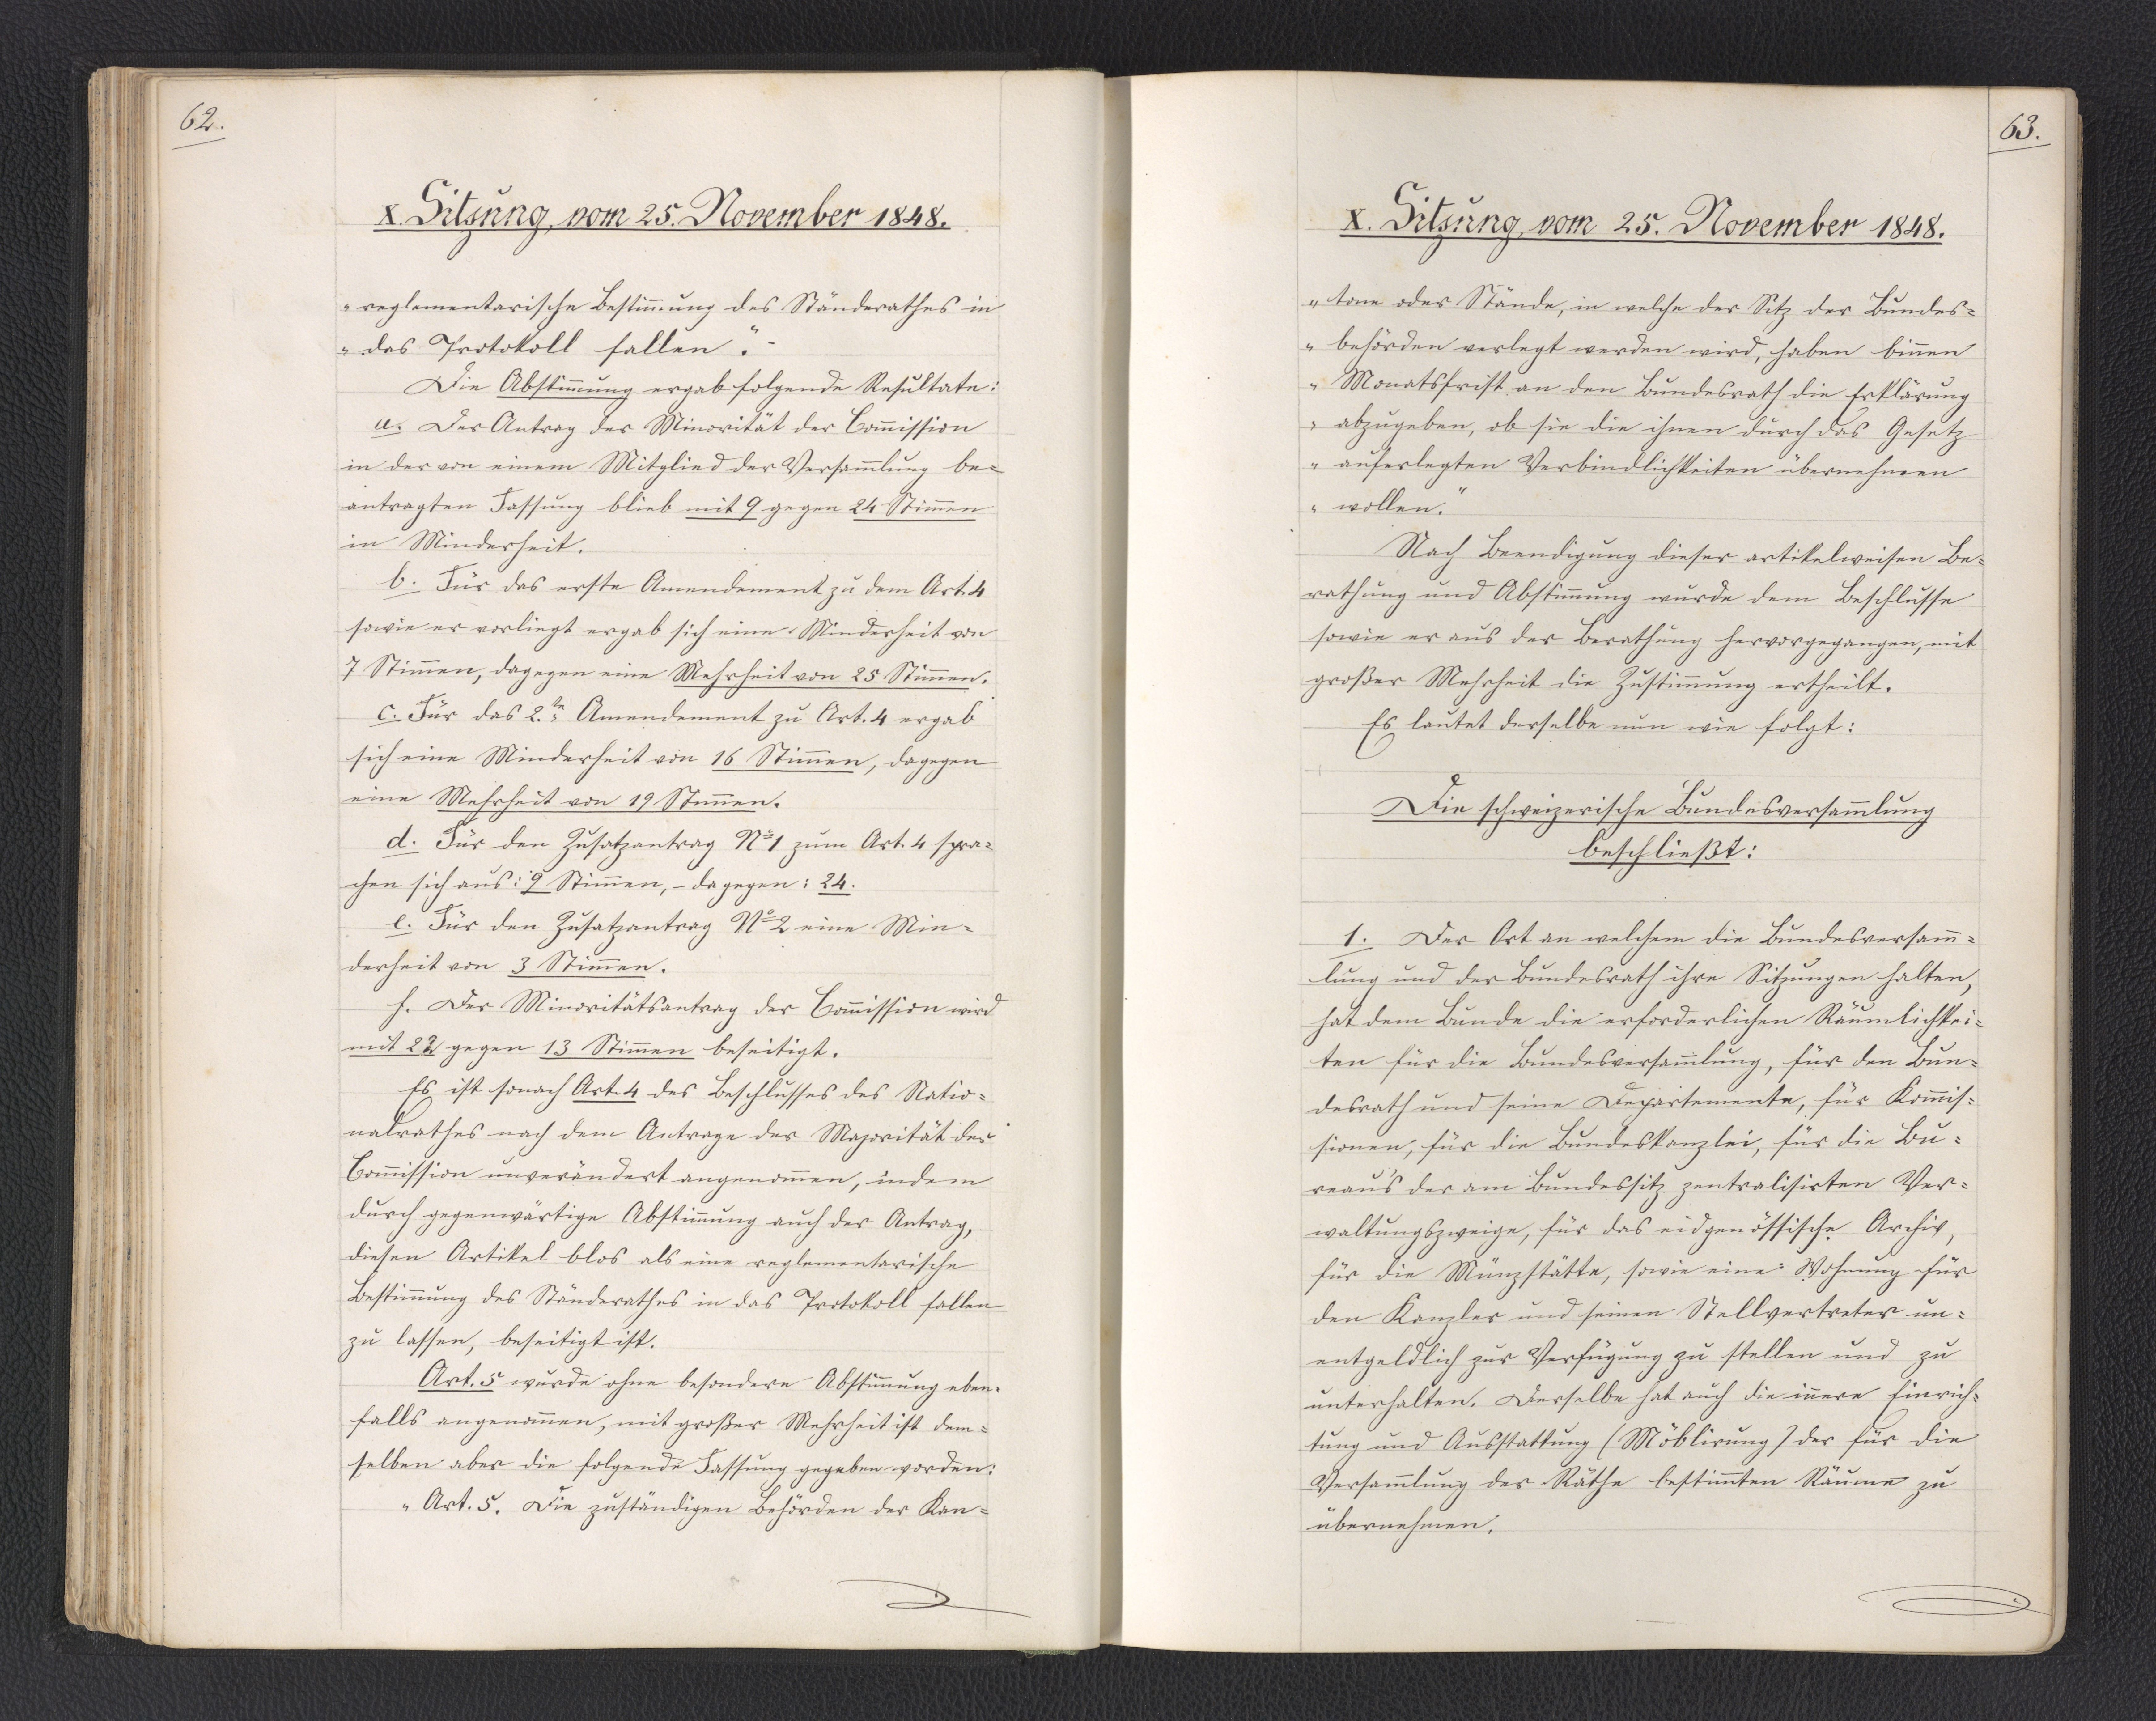
62.

X. Sitzung, vom 25. November 1848.

reglementarische Bestimmung des Ständerathes in
das Protokoll fallen."
Die Abstimmung ergab folgende Resultate:
a. Der Antrag der Minorität der Commission
in der von einem Mitglied der Versammlung be¬
antragten Fassung blieb mit 9 gegen 24 Stimmen
in Minderheit.
b. Für das erste Amendement zu dem Art. 4
sowie er vorliegt ergab sich eine Minderheit von
7 Stimmen, dagegen eine Mehrheit von 25 Stimmen.
c. Für das 2.te Amendement zu Art. 4 ergab
sich eine Minderheit von 16 Stimmen, dagegen
eine Mehrheit von 19 Stimmen.
d. Für den Zusatzantrag No 1 zum Art. 4 spra¬
chen sich aus: 9 Stimmen, - dagegen: 24.
e. Für den Zusatzantrag No 2 eine Min¬
derheit von 3 Stimmen.
f. Der Minoritätsantrag der Commission wird
mit 22 gegen 13 Stimmen beseitigt.
Es ist sonach Art. 4 des Beschlusses des Natio¬
nalrathes nach dem Antrage der Majorität der
Commission unverändert angenommen, indem
durch gegenwärtige Abstimmung auch der Antrag,
diesen Artikel blos als eine reglementarische
Bestimmung des Ständerathes in das Protokoll fallen
zu lassen, beseitigt ist.
Art. 5 wurde ohne besondere Abstimmung eben¬
falls angenommen, mit großer Mehrheit ist dem¬
selben aber die folgende Fassung gegeben worden:
"Art. 5. Die zuständigen Behörden der Kan¬

63.

X. Sitzung, vom 25. November 1848.

tone oder Stände, in welche der Sitz der Bundes¬
behörden verlegt werden wird, haben binnen
Monatsfrist an den Bundesrath die Erklärung,
abzugeben, ob sie die ihnen durch das Gesetz
auferlegten Verbindlichkeiten übernehmen
wollen."
Nach Beendigung dieser artikelweisen Be¬
rathung und Abstimmung wurde dem Beschlusse
sowie er aus der Berathung hervorgegangen, mit
großer Mehrheit die Zustimmung ertheilt.
Es lautet derselbe nun wie folgt:
Die schweizerische Bundesversammlung
beschließt:
1. Der Ort an welchem die Bundesversamm¬
lung und der Bundesrath ihre Sitzungen halten,
hat dem Bunde die erforderlichen Räumlichkei¬
ten für die Bundesversammlung, für den Bun¬
desrath und seine Departemente, für Kommis¬
sionen, für die Bundeskanzlei, für die Bu¬
reaus der am Bundessitz zentralisirten Ver¬
waltungszweige, für das eidgenössische Archiv,
für die Münzstätte, sowie eine Wohnung für
den Kanzler und seinen Stellvertreter un¬
entgeldlich zur Verfügung zu stellen und zu
unterhalten. Derselbe hat auch die innere Einrich¬
tung und Ausstattung (Möblirung) der für die
Versammlung der Räthe bestimmten Räume zu
übernehmen.